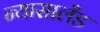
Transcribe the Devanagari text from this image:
न्यासालँड